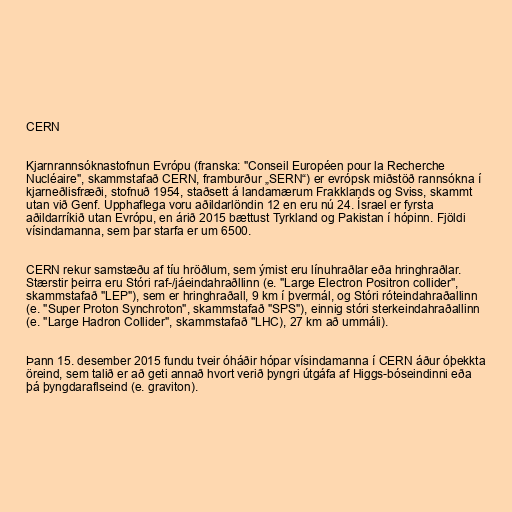
CERN

Kjarnrannsóknastofnun Evrópu (franska: "Conseil Européen pour la Recherche
Nucléaire", skammstafað CERN, framburður „SERN“) er evrópsk miðstöð rannsókna í
kjarneðlisfræði, stofnuð 1954, staðsett á landamærum Frakklands og Sviss, skammt
utan við Genf. Upphaflega voru aðildarlöndin 12 en eru nú 24. Ísrael er fyrsta
aðildarríkið utan Evrópu, en árið 2015 bættust Tyrkland og Pakistan í hópinn. Fjöldi
vísindamanna, sem þar starfa er um 6500.

CERN rekur samstæðu af tíu hröðlum, sem ýmist eru línuhraðlar eða hringhraðlar.
Stærstir þeirra eru Stóri raf-/jáeindahraðllinn (e. "Large Electron Positron collider",
skammstafað "LEP"), sem er hringhraðall, 9 km í þvermál, og Stóri róteindahraðallinn
(e. "Super Proton Synchroton", skammstafað "SPS"), einnig stóri sterkeindahraðallinn
(e. "Large Hadron Collider", skammstafað "LHC), 27 km að ummáli).

Þann 15. desember 2015 fundu tveir óháðir hópar vísindamanna í CERN áður óþekkta
öreind, sem talið er að geti annað hvort verið þyngri útgáfa af Higgs-bóseindinni eða
þá þyngdaraflseind (e. graviton).